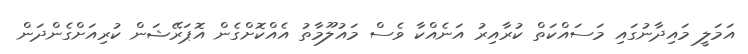
އަމަލީ މައިދާނުގައި މަސައްކަތް ކުރާއިރު އަނެއްކާ ވެސް މައުލޫމާތު އެއްކޮށްގެން އޮޕަރޭޝަން ކުރިއަށްގެންދަން